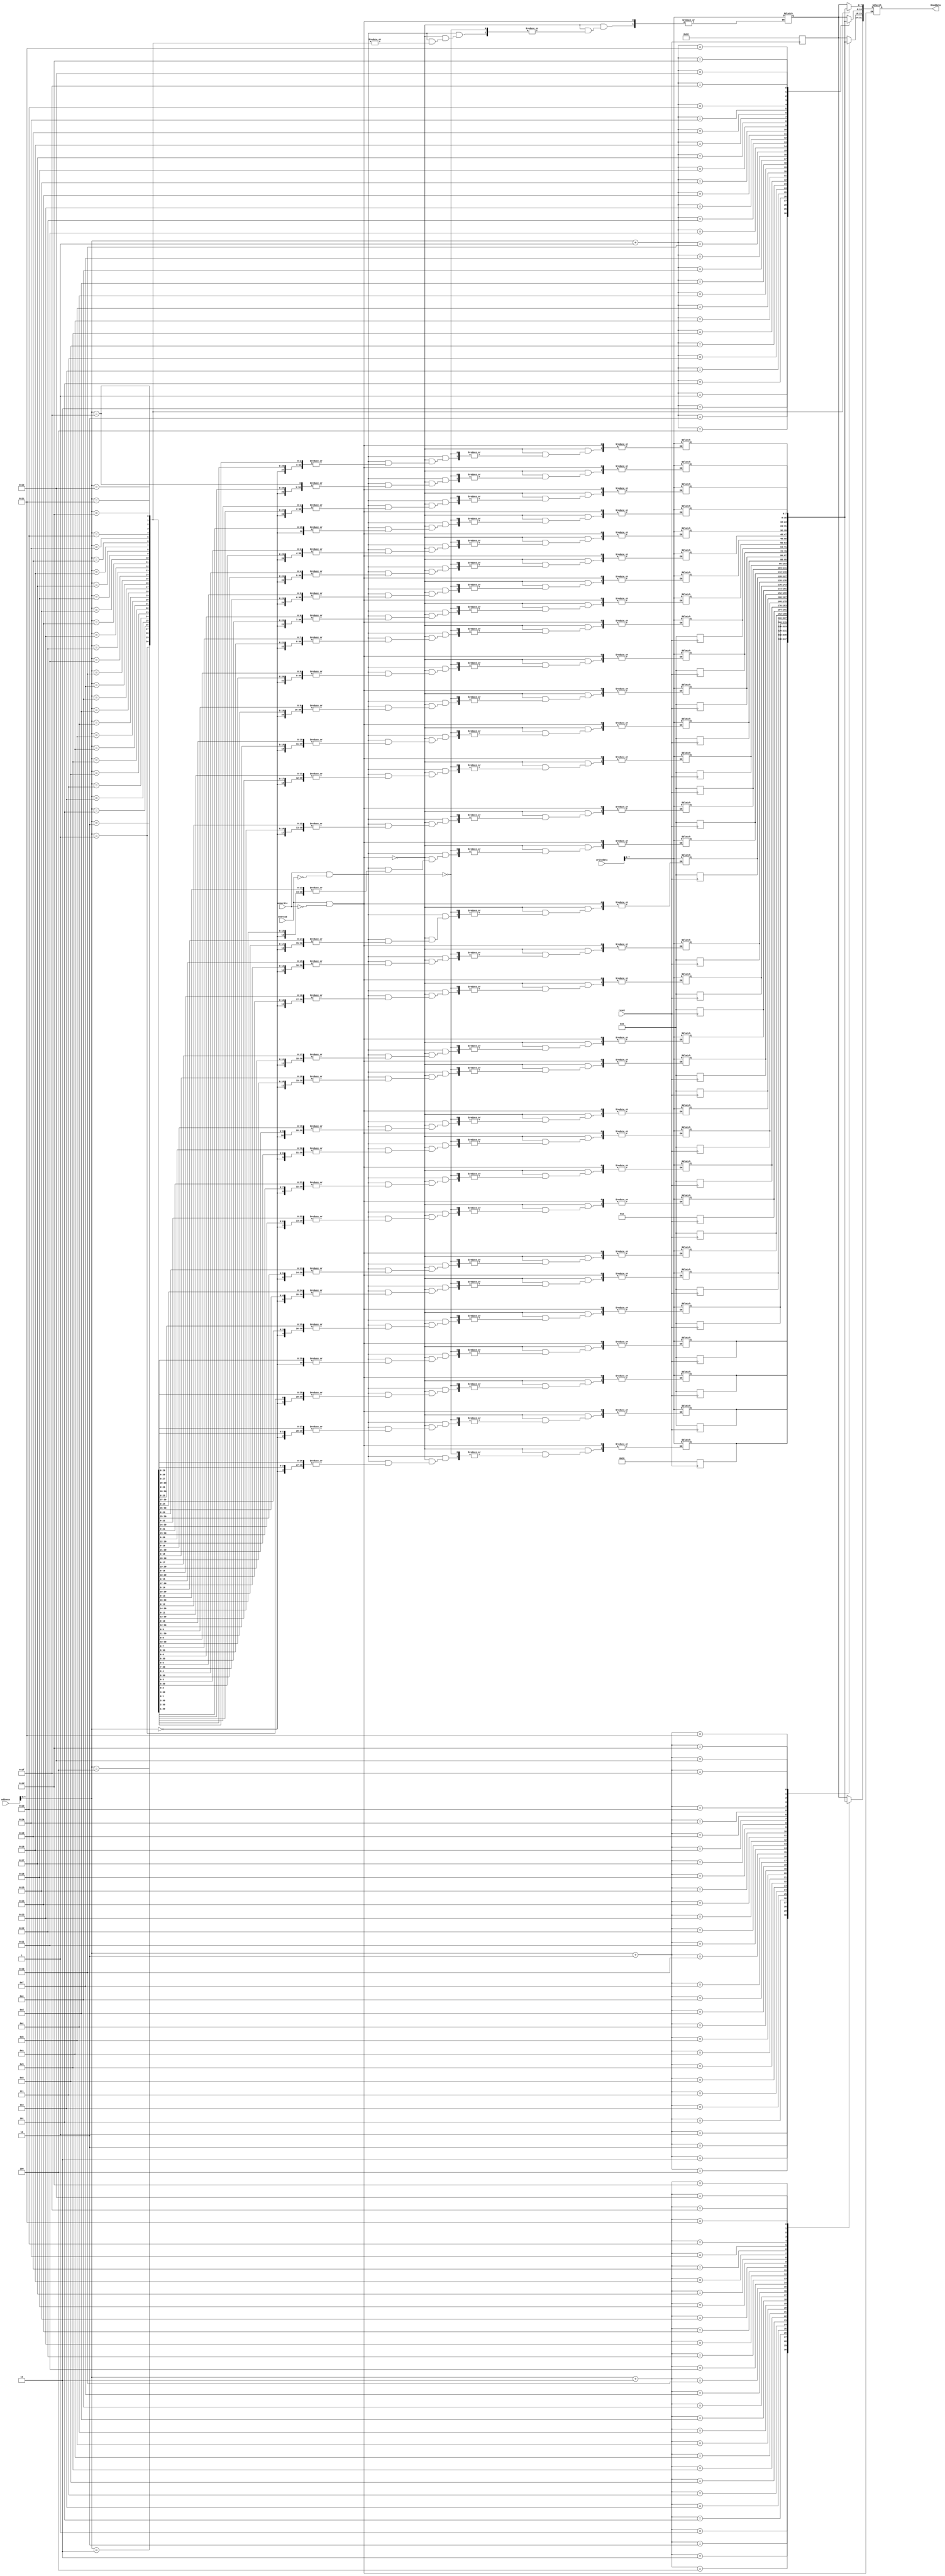
`timescale 1ns / 1ps
//////////////////////////////////////////////////////////////////////////////////
// Company: 
// Engineer: 
// 
// Design Name: 
// Module Name: data_memory
// Project Name: 
// Target Devices: 
// Tool Versions: 
// Description: 
// 
// Dependencies: 
// 
// Revision:
// Revision 0.01 - File Created
// Additional Comments:
// 
//////////////////////////////////////////////////////////////////////////////////


module data_memory(
    input [31:0] address,
    input memwrite,
    input memread,
    input reset,
    input [31:0] writedata,
    output [31:0] Readdata
    );
    reg [7:0]datamem[31:0];
    reg [31:0]readdata;
    assign Readdata=readdata;
    
    always @(negedge reset)
        begin
            if(reset==0)
                 begin
                 datamem[0]=8'h68;datamem[1]=8'h00;datamem[2]=8'h00;datamem[3]=8'h00;
                 datamem[4]=8'h20;datamem[5]=8'h00;datamem[6]=8'h00;datamem[7]=8'h00;
                 datamem[8]=8'h02;datamem[9]=8'h00;datamem[10]=8'h00;datamem[11]=8'h00;
                 datamem[12]=8'h00;datamem[13]=8'h00;datamem[14]=8'h00;datamem[15]=8'h00;
                 datamem[16]=8'h00;datamem[17]=8'h00;datamem[18]=8'h00;datamem[19]=8'h00;
                 datamem[20]=8'h00;datamem[21]=8'h00;datamem[22]=8'h00;datamem[23]=8'h00;
    
                     end
        end
        
             always @(*)
                begin
                    if ((memread==1)&&(memwrite==0))
                        begin
                        readdata={datamem[address+3],datamem[address+2],datamem[address+1],datamem[address]};
                        
                        end
                        
                        else if((memwrite==1)&&(memread==0))
                        begin
                        datamem[address]=writedata;
                        end
                end
               
    
    
    
    
endmodule